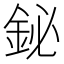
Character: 鉍